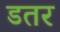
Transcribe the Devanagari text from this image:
डतर